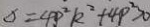
\Delta = 4 p ^ { 2 } k ^ { 2 } + 4 p ^ { 2 } > 0